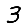
Digit: 3